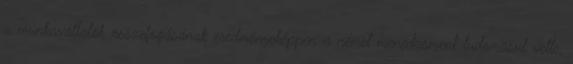
a munkavállalók összefogásának eredményeképpen a német menedzsment tudomásul vette,